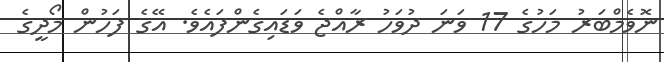
ނޮވެމްބަރު މަހުގެ 17 ވަނަ ދުވަހު ރާއްޖެ ވަޑައިގެންފައެވެ. އޭގެ ފަހުން މޯދީގެ